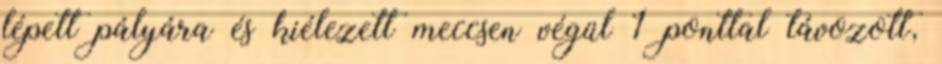
lépett pályára és kiélezett meccsen végül 1 ponttal távozott,